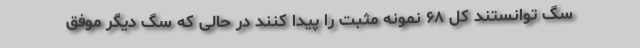
سگ توانستند کل ۶۸ نمونه مثبت را پیدا کنند در حالی که سگ دیگر موفق